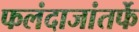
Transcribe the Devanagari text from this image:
फलंदाजांतर्फे